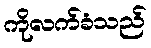
ကိုလက်ခံသည်